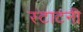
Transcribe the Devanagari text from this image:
स्टाटनी